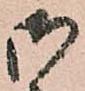
御